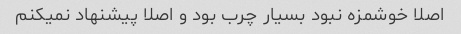
اصلا خوشمزه نبود بسیار چرب بود و اصلا پیشنهاد نمیکنم